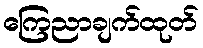
ကြေညာချက်ထုတ်